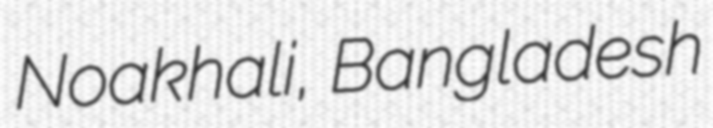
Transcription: Noakhali, Bangladesh